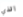
الذي